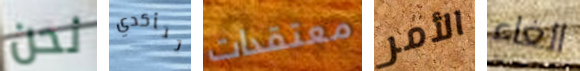
نحن تتأكدي معتقدات الأمر الغاء